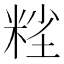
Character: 𱹆